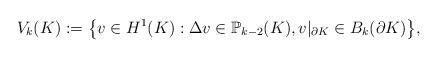
LaTeX: \begin{align*}V_k(K):= \big\{v\in H^1(K): \Delta v \in \mathbb{P}_{k-2}(K), v|_{\partial K} \in B_k(\partial K) \big\},\end{align*}